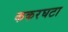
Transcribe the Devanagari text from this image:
ककरघटा